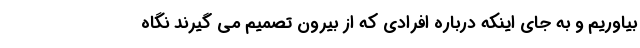
بیاوریم و به جای اینکه درباره افرادی که از بیرون تصمیم می گیرند نگاه